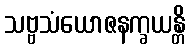
သဗ္ဗသံယောဇနက္ခယန္တိ